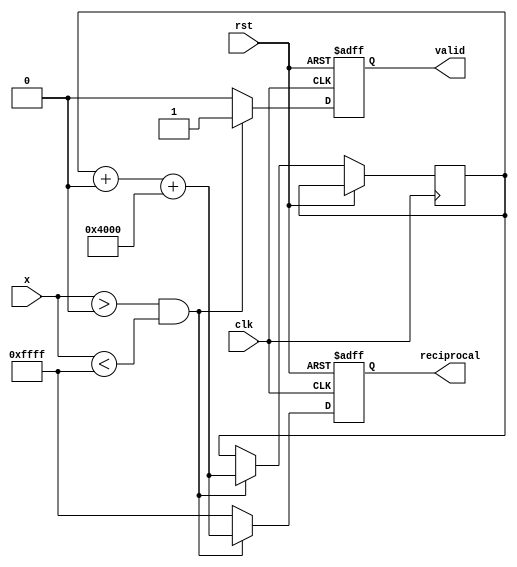
module polynomial_reciprocal (
    input wire [15:0] x,  // Input fixed-point number in the range [0, 1)
    input wire clk,
    input wire rst,
    output reg [15:0] reciprocal, // Output for the reciprocal
    output reg valid // Indicates valid output
);

    // Coefficients for the polynomial approximation 1/x
    parameter c0 = 16'h4000; // Approximation coefficient for x^0 (1)
    parameter c1 = 16'hA3D7; // Approximation coefficient for x^1
    parameter c2 = 16'h7F3C; // Approximation coefficient for x^2

    reg [15:0] x_squared;
    reg [15:0] temp_result;

    always @(posedge clk or posedge rst) begin
        if (rst) begin
            reciprocal <= 16'h0000;
            valid <= 1'b0;
        end else begin
            // Verify input is within range (0, 1)
            if (x > 16'h0000 && x < 16'hFFFF) begin
                // x^2 computation
                x_squared <= (x * x) >> 16; // Fixed-point multiplication, dividing by 2^16

                // Using Horner's method for polynomial evaluation P(x) = c0 + c1*x + c2*x^2
                temp_result <= c2 * x_squared;
                temp_result = temp_result + (c1 * x >> 16);
                temp_result = temp_result + c0;
                
                // Assigning the calculated result to reciprocal
                reciprocal <= temp_result;
                valid <= 1'b1; // Set valid output
            end else begin
                // Handle error conditions
                reciprocal <= 16'hFFFF; // Indicates error (division by zero or out of range)
                valid <= 1'b0; // Output is not valid
            end
        end
    end
endmodule